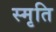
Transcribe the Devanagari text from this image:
स्‍मृति